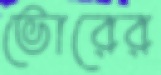
ভোরের